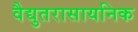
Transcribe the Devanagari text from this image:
वैद्युतरासायनिक